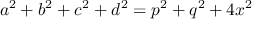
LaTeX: a ^ { 2 } + b ^ { 2 } + c ^ { 2 } + d ^ { 2 } = p ^ { 2 } + q ^ { 2 } + 4 x ^ { 2 }